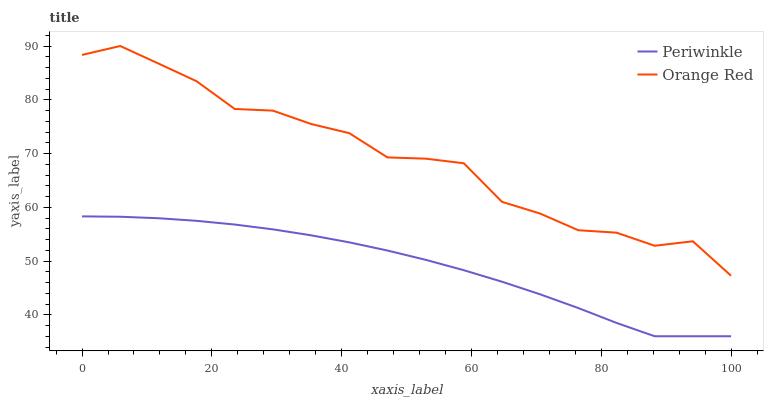
| xaxis_label | Periwinkle | Orange Red |
 | --- | --- | --- |
 | 0 | 58.3 | 88.3 |
 | 5.88 | 58.2 | 90 |
 | 11.8 | 58 | 86.7 |
 | 17.6 | 57.5 | 83.4 |
 | 23.5 | 56.8 | 78.3 |
 | 29.4 | 55.9 | 78 |
 | 35.3 | 54.8 | 75.5 |
 | 41.2 | 53.5 | 73.8 |
 | 47.1 | 51.9 | 69.3 |
 | 52.9 | 50.2 | 69 |
 | 58.8 | 48.3 | 68.2 |
 | 64.7 | 46.1 | 61 |
 | 70.6 | 43.8 | 58.8 |
 | 76.5 | 41.2 | 55.7 |
 | 82.4 | 38.5 | 55.3 |
 | 88.2 | 36 | 52.8 |
 | 94.1 | 36 | 53.7 |
 | 100 | 36 | 47.3 |